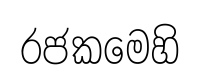
රජකමෙහි